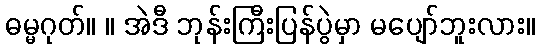
ဓမ္မဂုတ်။ ။ အဲဒီ ဘုန်းကြီးပြန်ပွဲမှာ မပျော်ဘူးလား။